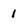
Character: 1